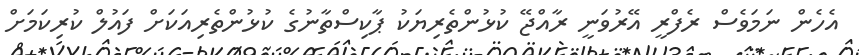
އެހެން ނަމަވެސް ރެފްރީ އޭރުވަނީ ރާއްޖޭ ކުޅުންތެރިޔަކު ޕާކިސްތާނުގެ ކުޅުންތެރިއަކަށް ފައުލް ކުރިކަމަށް